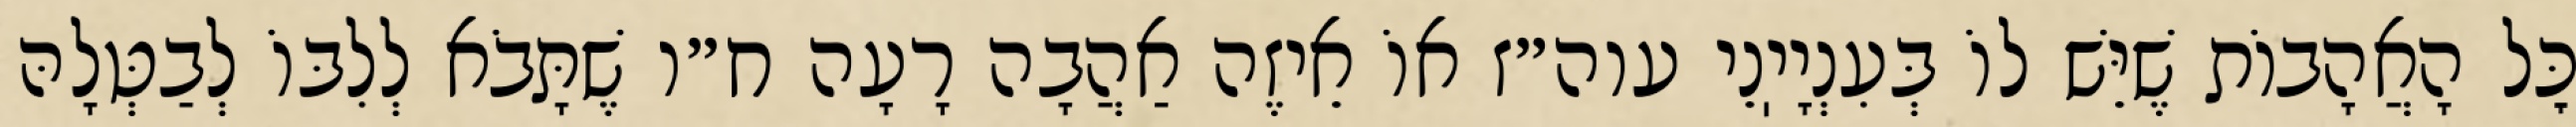
כׇּל הָאֲהָבוֹת שֶׁיֵּשׁ לוֹ בְּעִנְיָיֽנֵי עוה״ז אוֹ אֵיזֶה אַהֲבָה רָעָה ח״ו שֶׁתָּבֹא לְלִבּוֹ לְבַטְּלָהּ